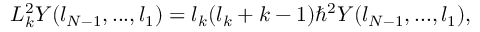
L _ { k } ^ { 2 } Y ( l _ { N - 1 } , . . . , l _ { 1 } ) = l _ { k } ( l _ { k } + k - 1 ) \hbar ^ { 2 } Y ( l _ { N - 1 } , . . . , l _ { 1 } ) ,